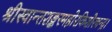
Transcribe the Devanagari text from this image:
श्रीस्वान्तशङ्करमहोरकिशोरचन्द्र।